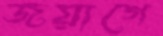
জয়াগে